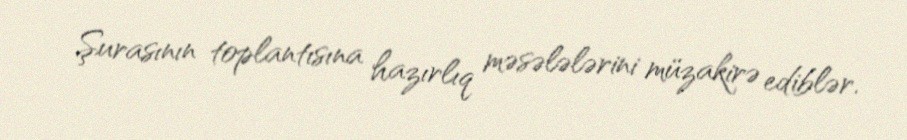
Şurasının toplantısına hazırlıq məsələlərini müzakirə ediblər.